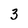
Character: 3